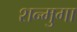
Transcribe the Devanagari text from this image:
शन्मुगा